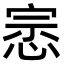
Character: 𭝛